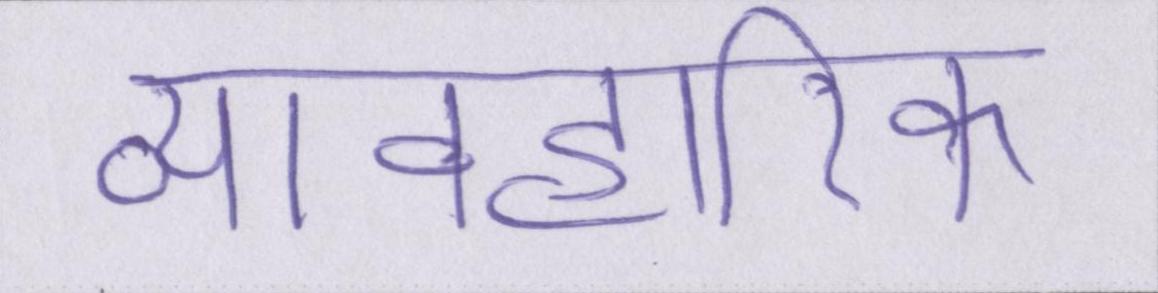
व्यावहारिक